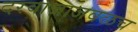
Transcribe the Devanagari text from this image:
दरवाजाजवळच